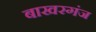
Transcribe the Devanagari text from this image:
बाखरगंज